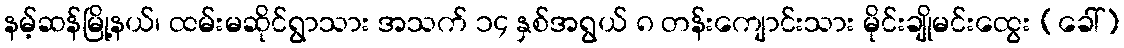
နမ့်ဆန်မြို့နယ်၊ ထမ်းမဆိုင်ရွာသား အသက် ၁၄ နှစ်အရွယ် ၈ တန်းကျောင်းသား မိုင်းချိုမင်းထွေး (ခေါ်)